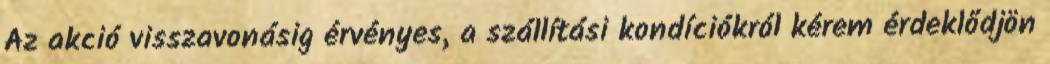
Az akció visszavonásig érvényes, a szállítási kondíciókról kérem érdeklődjön